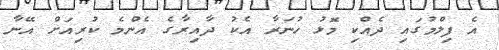
އެ ފިލްމުގައި ދެއްކި މޮޅު ހުނަރާ އެކު ދާއިރާގެ އެންމެ ކުރިއަށް އޭނާ